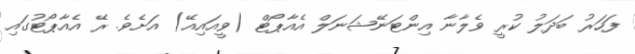
ފަހަރު ބަދަލު ކުރީ ވެލާނާ އިންޓަނޭޝަނަލް އެއާޕޯޓް (ވީއައިއޭ) އަށެވެ. ރޭ އެއާޕޯޓުގައި